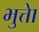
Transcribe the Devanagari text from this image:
भुत्तेा